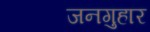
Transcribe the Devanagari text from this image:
जनगुहार